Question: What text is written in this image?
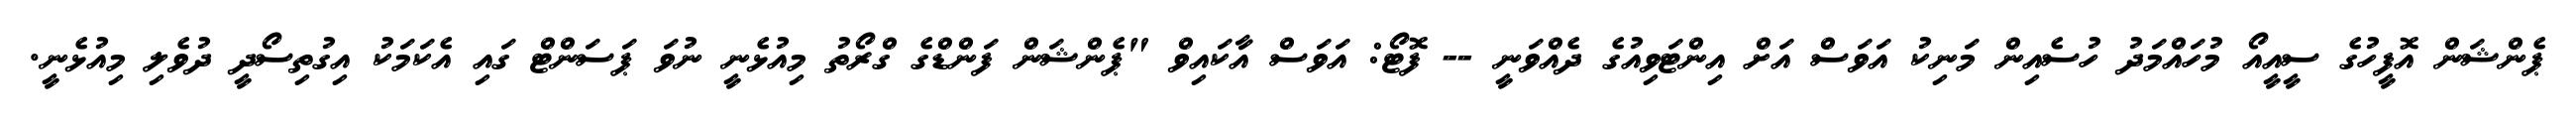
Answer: ޕެންޝަން އޮފީހުގެ ސީއީއޯ މުހައްމަދު ހުސެއިން މަނިކު އަވަސް އަށް އިންޓަވިއުގެ ދެއްވަނީ -- ފޮޓޯ: އަވަސް އާކައިވް "ޕެންޝަން ފަންޑްގެ ގްރޯތު މިއުޅެނީ ނުވަ ޕަސަންޓް ގައި އެކަމަކު އިގުތިސޯދީ ދުވެލި މިއުޅެނީ.